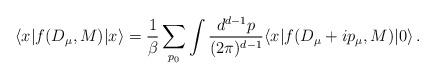
LaTeX: \begin{align*}\langle x| f(D_\mu,M)|x\rangle =\frac{1}{\beta}\sum_{p_0}\int \frac{d^{d-1} p}{(2\pi)^{d-1}} \langle x|f(D_\mu+ip_\mu,M)| 0\rangle \,.\end{align*}